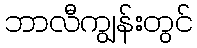
ဘာလီကျွန်းတွင်